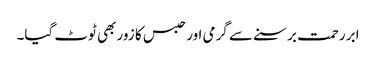
ابر رحمت برسنے سے گرمی اور حبس کا زور بھی ٹوٹ گیا۔